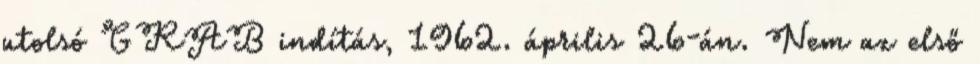
utolsó GRAB indítás, 1962. április 26-án. Nem az első